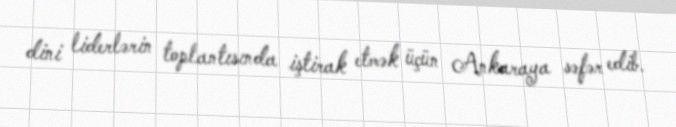
dini liderlərin toplantısında iştirak etmək üçün Ankaraya səfər edib.